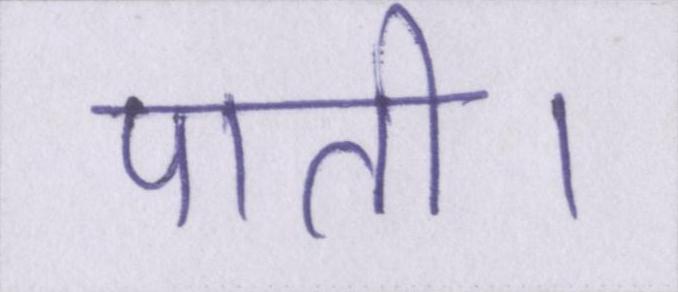
पाती।